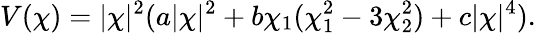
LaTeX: V(\chi)=|\chi|^{2}(a|\chi|^{2}+b\chi_{1}(\chi_{1}^{2}-3\chi_{2}^{2})+c|\chi|^{4}).